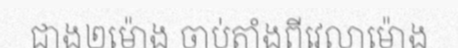
ជាង២ម៉ោង ចាប់តាំងពីវេលាម៉ោង